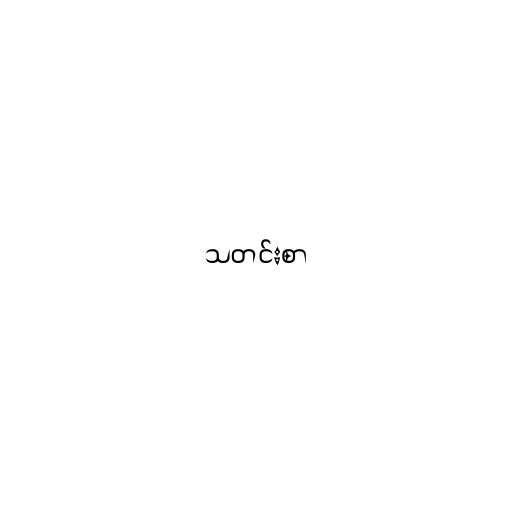
သတင်းစာ